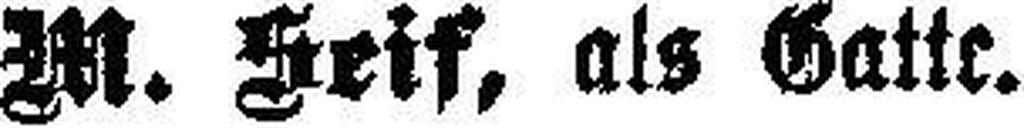
M. Seif, als Gatte.